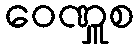
ဝေဏှူစ